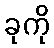
ခုကို